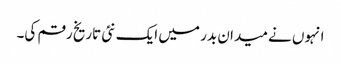
انہوں نے میدان بدر میں ایک نئی تاریخ رقم کی۔